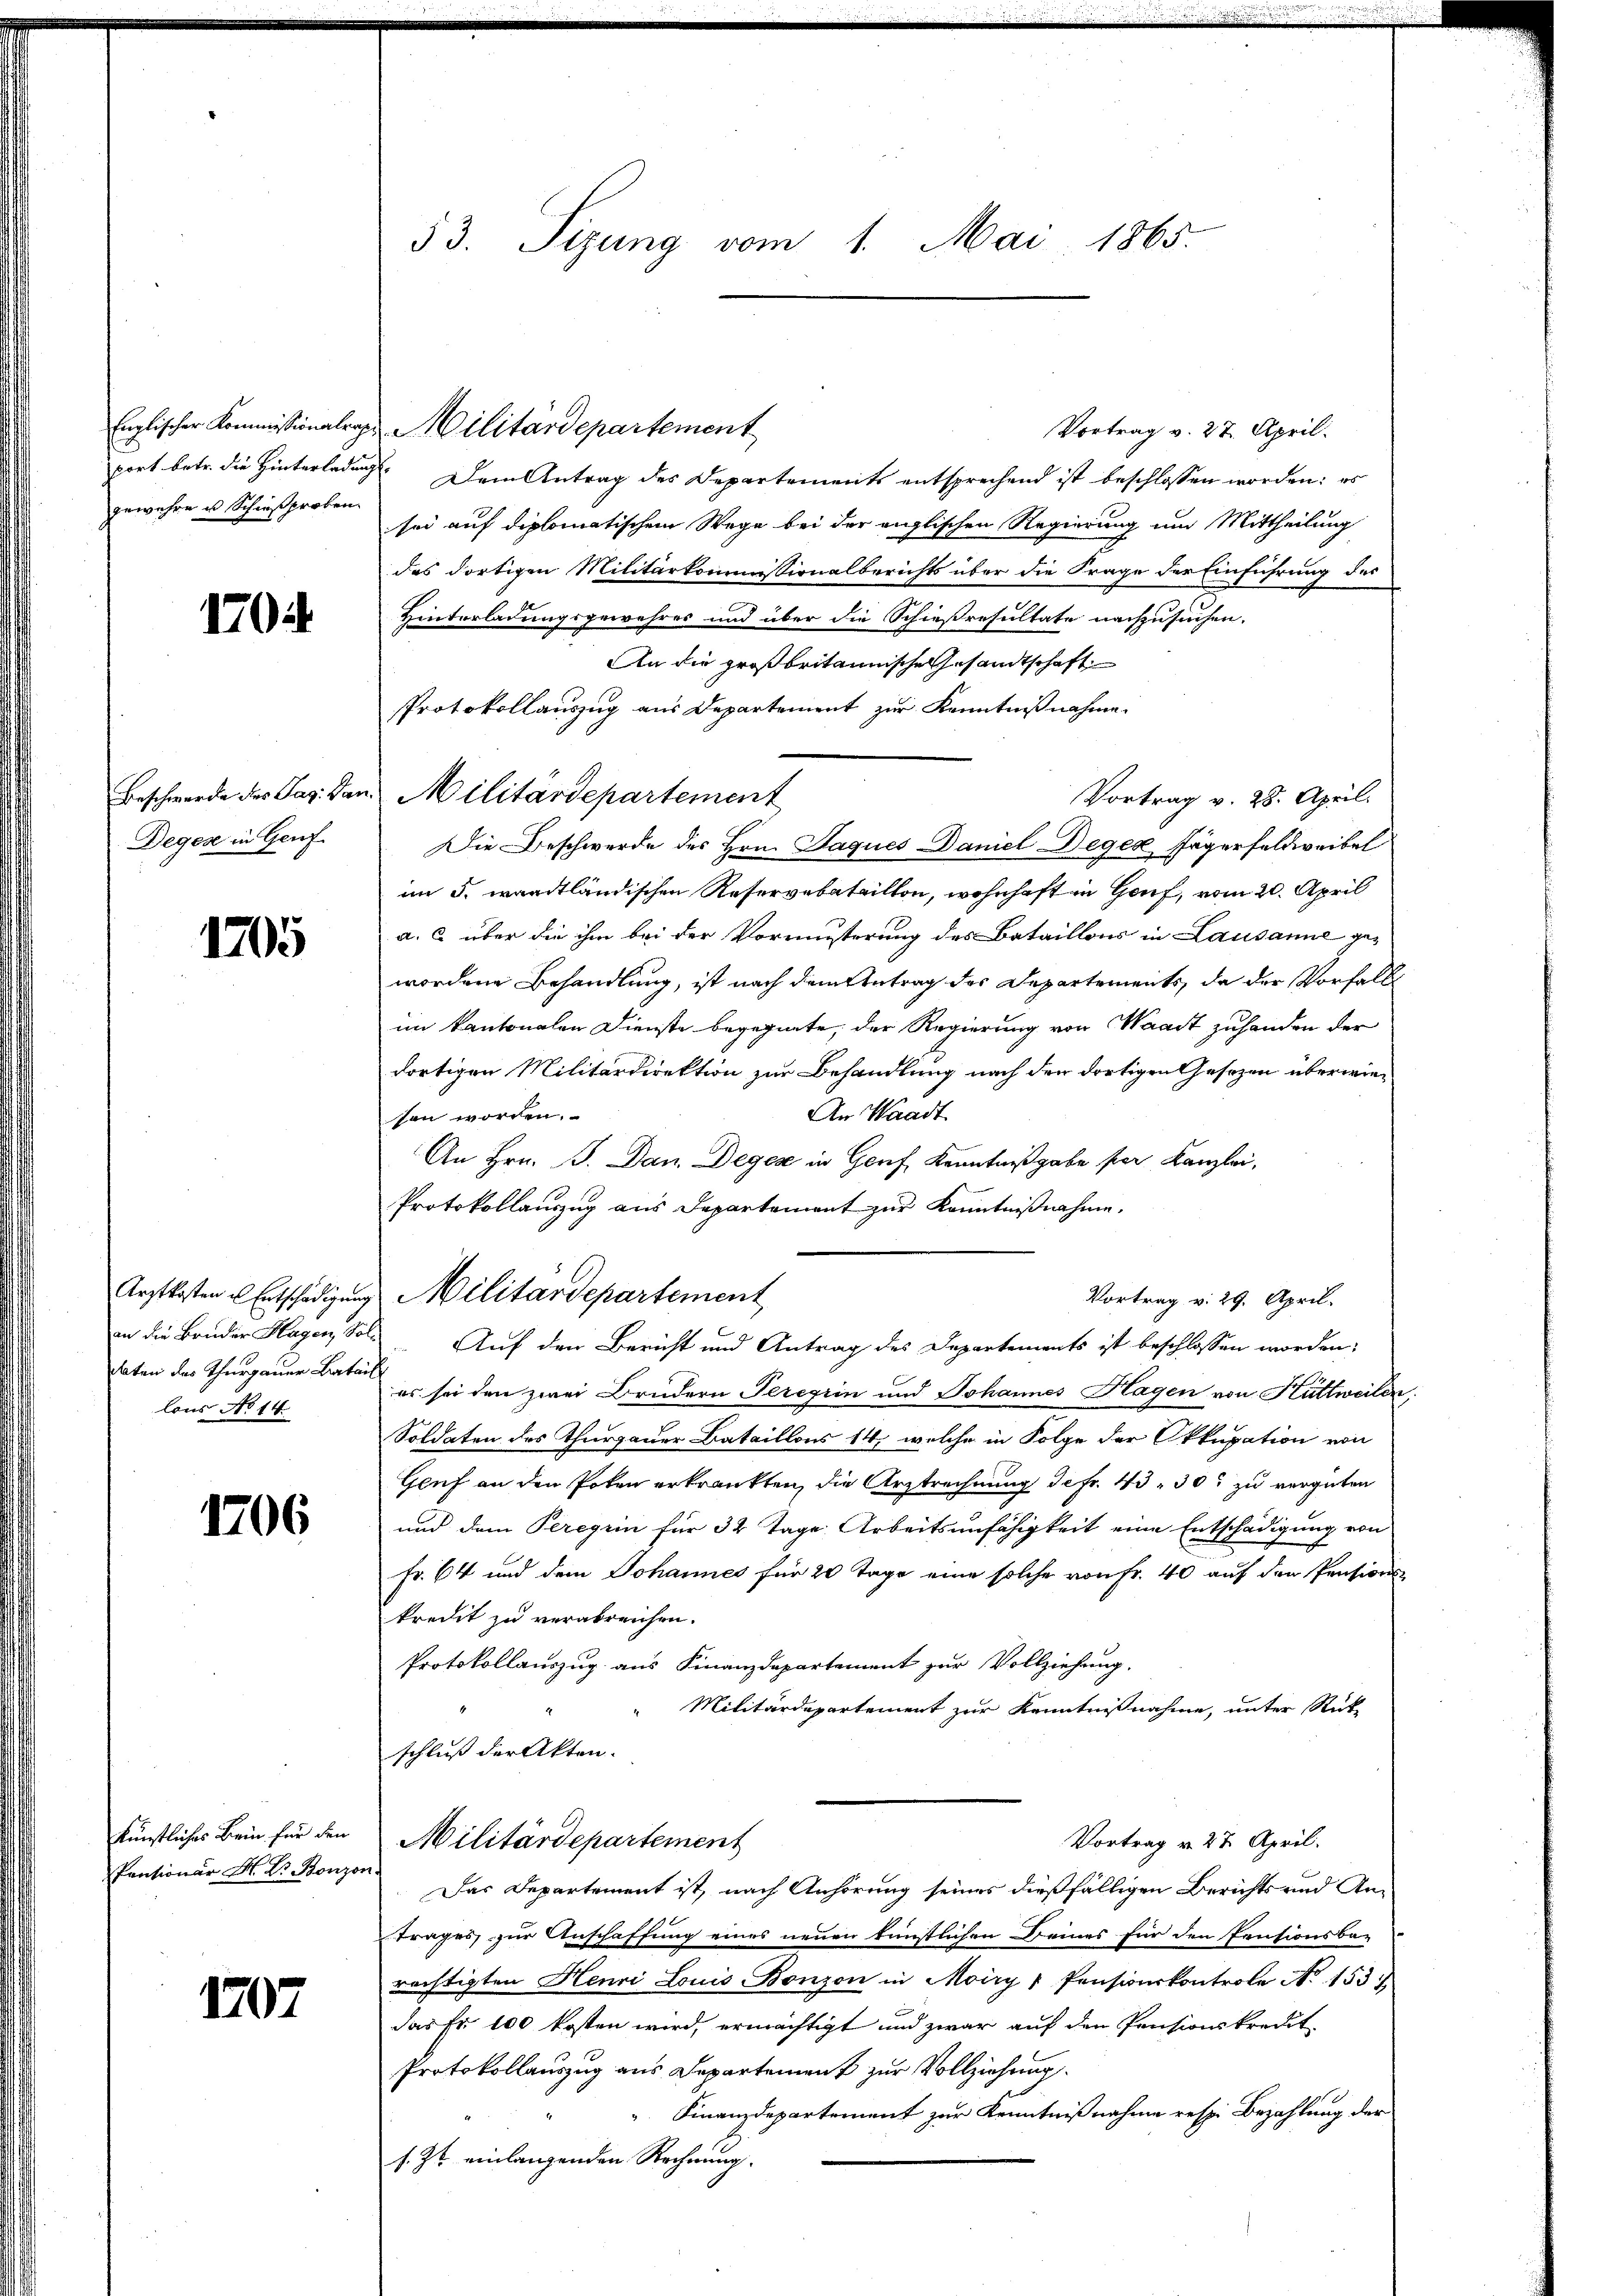
port betr. die Hinterledig
gewehre u Schießproben.

170

Beschwerde des Pas. Dan
Deges in Genf

1705

Arztkosten u. Entschädigung
daten des Thurgauer Batai
lons No 14.

1206

künstliches Bein für den
Pentionär H. Dr. Bonzo

1707

53. Sizung vom 1. Mai 1865.

Englischer Kommissionalrats Militärdepartement
Vortrag v. 27. April.
i. Dem Antrag des Departements entsprechend ist beschlossen worden: es
sei auf diplomatischem Wege bei der englischen Regierung um Mittheilung
das dortigen Militärkommissionalberichts über die Frage der Einführung des
Hinterladungsgewehres und über die Schießresultate nachzusuchen.
An die großbritannische Gesandtschaft
PProtokollauszug aus Departement zur Kenntnißnahme.
 Militärdepartement
Vortrag v. 28. April.
Die Beschwerde des Hrn. Jaques Daniel Degen Jägerfeldweibel
im 5. wardtländischen Reservebataillon, wohnhaft in Genf, vom 20. April
a. c. über die ihm bei der Vormisterung des Bataillons in Lausanne gewordene Behandlung, ist nach dem Antrag des Departements, da der Vorfalls
im Kantonalen Dienste begegnete, der Regierung von Waadt zuhanden der
dortigen Militärdirektion zur Behandlung nach der dortigen Gesezen überwie¬
An Waadt
sen worden.
An Hrn. B. Dan Degen in Genf, Kenntnißgabe per Kanzlei,
Protokollauszug aus Departement zur Kenntnißnahme.
Vortrag v. 29. April.
an die Bruder Hagen So Auf den Bericht und Antrag des Departements ist beschlossen worden;
es sei den zwei Brüdern Tererin und Johannes Hagen von Hüttweilen,
Soldaten des Thurgauer Bataillons 14, welche in Folge der Okkupation von
Gruf an den Poten erkrankten, die Arztrechnung Jefr. 40 - 30. zu vergüten
und dem Peregrin für 32 Tage Arbeitsunfähigkeit eine Entschädigung von
Fr. 64 und dem Johannes für 20 Tage eine solche von Fr. 40 auf den Pentions-
kredit zu verabreichen.
Protokollauszug aus Finanzdepartement zur Vollziehung.
 Militärdepartement zur Kenntnißnahme, unter Rück-
schluß der Akten.
Vortrag u. 27. April.
Militärdepartement
1
Das Departement ist, nach Anhörung seines dießfälligen Berichts und Antrages, zur Anschaffung eines neuen künstlichen Deines für den Pensionsba-
rächtigten Henri Louis Bonzon in Moiry Pensionskontrole No 153
das Fr. 100 kosten wird, ermächtigt und zwar auf den Pensionskredit
Protokollauszug aus Departement zur Vollziehung.
 Finanzdepartement zur Kenntnißnahme resp. Bezahlung der
s. Zt. einlangenden Rechnung.

Militärdepartement